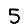
Digit: 5